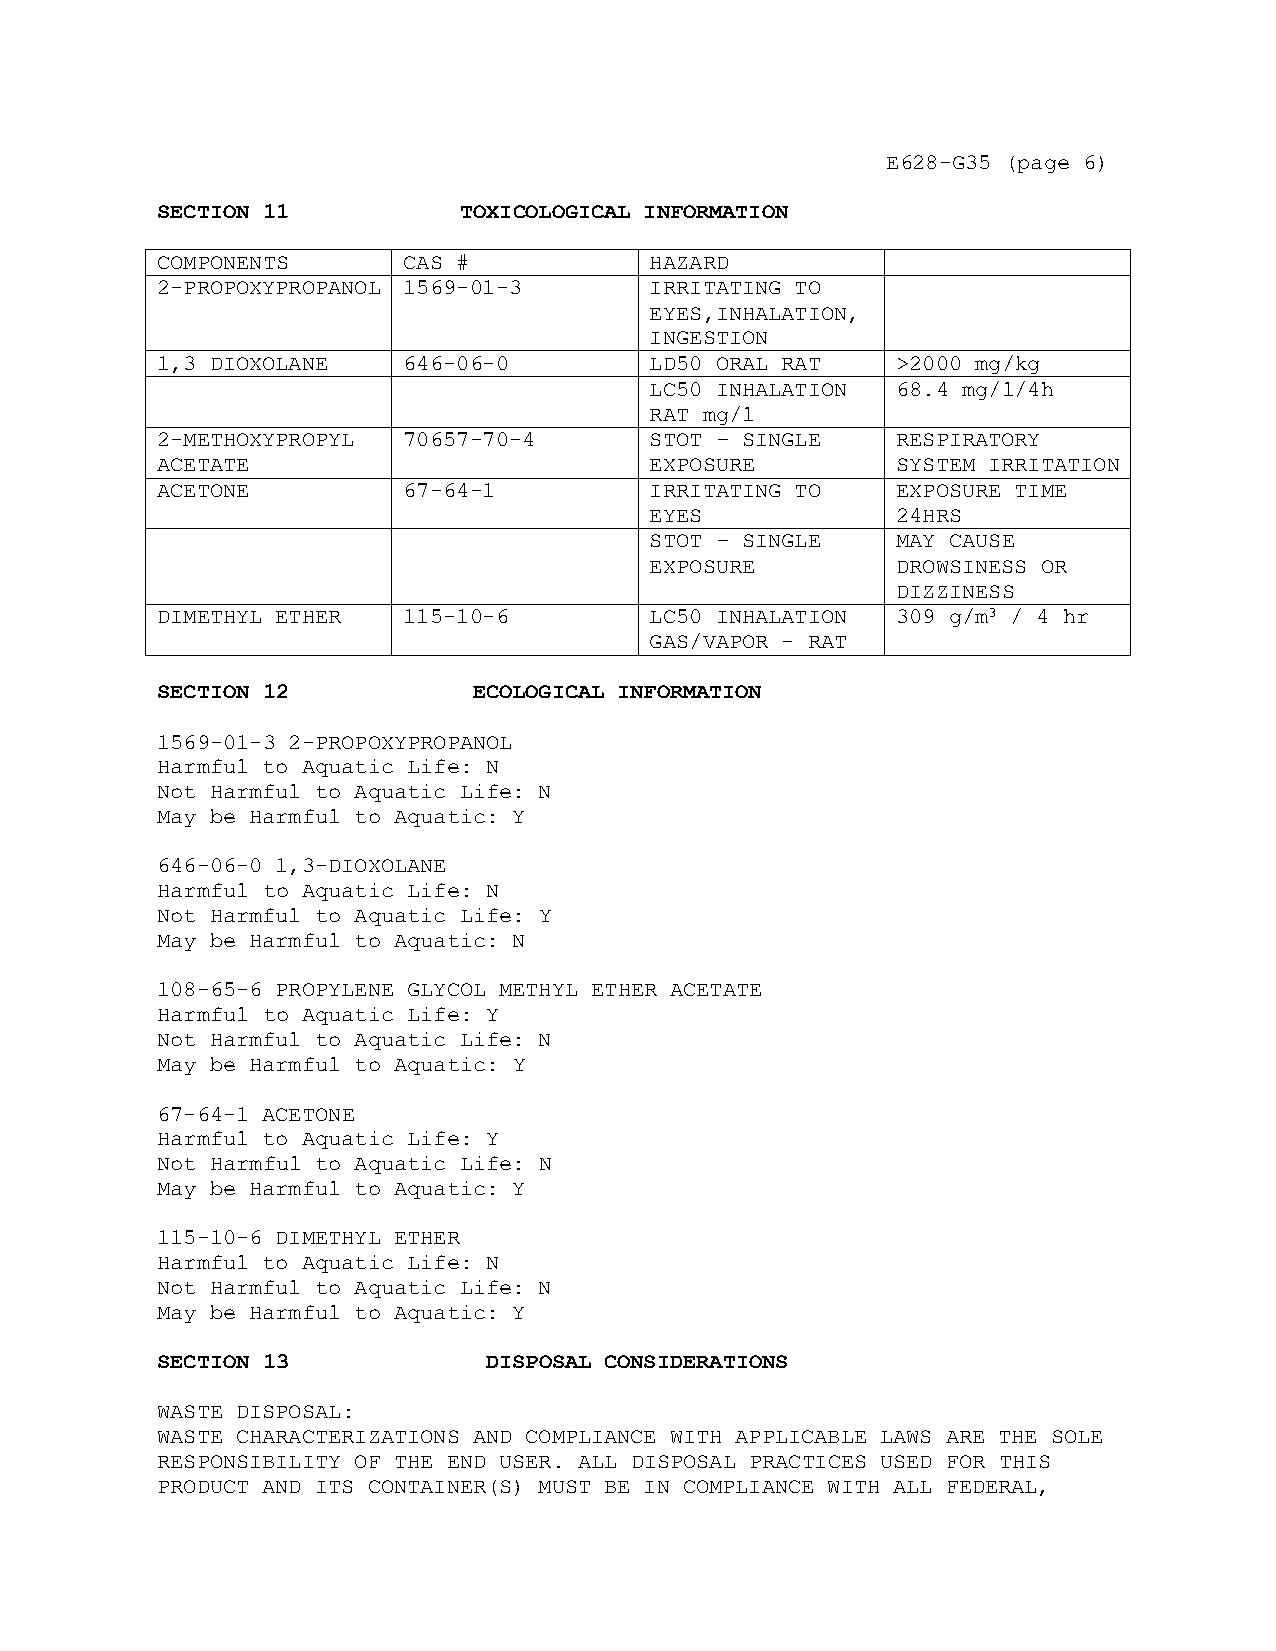
E628-G35 (page 6)
 SECTION 11          TOXICOLOGICAL INFORMATION
 COMPONENTS       CAS #           HAZARD
 2-PROPOXYPROPANOL 1569-01-3      IRRITATING TO
 EYES,INHALATION,
 INGESTION
 1,3 DIOXOLANE    646-06-0        LD50 ORAL RAT   >2000 mg/kg
 LC50 INHALATION 68.4 mg/l/4h
 RAT mg/l
 2-METHOXYPROPYL  70657-70-4      STOT – SINGLE   RESPIRATORY
 ACETATE                          EXPOSURE        SYSTEM IRRITATION
 ACETONE          67-64-1         IRRITATING TO   EXPOSURE TIME
 EYES            24HRS
 STOT – SINGLE   MAY CAUSE
 EXPOSURE        DROWSINESS OR
 DIZZINESS
 DIMETHYL ETHER   115-10-6        LC50 INHALATION 309 g/m3 / 4 hr
 GAS/VAPOR - RAT
 SECTION 12           ECOLOGICAL INFORMATION
 1569-01-3 2-PROPOXYPROPANOL
 Harmful to Aquatic Life: N
 Not Harmful to Aquatic Life: N
 May be Harmful to Aquatic: Y
 646-06-0 1,3-DIOXOLANE
 Harmful to Aquatic Life: N
 Not Harmful to Aquatic Life: Y
 May be Harmful to Aquatic: N
 108-65-6 PROPYLENE GLYCOL METHYL ETHER ACETATE
 Harmful to Aquatic Life: Y
 Not Harmful to Aquatic Life: N
 May be Harmful to Aquatic: Y
 67-64-1 ACETONE
 Harmful to Aquatic Life: Y
 Not Harmful to Aquatic Life: N
 May be Harmful to Aquatic: Y
 115-10-6 DIMETHYL ETHER
 Harmful to Aquatic Life: N
 Not Harmful to Aquatic Life: N
 May be Harmful to Aquatic: Y
 SECTION 13            DISPOSAL CONSIDERATIONS
 WASTE DISPOSAL:
 WASTE CHARACTERIZATIONS AND COMPLIANCE WITH APPLICABLE LAWS ARE THE SOLE
 RESPONSIBILITY OF THE END USER. ALL DISPOSAL PRACTICES USED FOR THIS
 PRODUCT AND ITS CONTAINER(S) MUST BE IN COMPLIANCE WITH ALL FEDERAL,